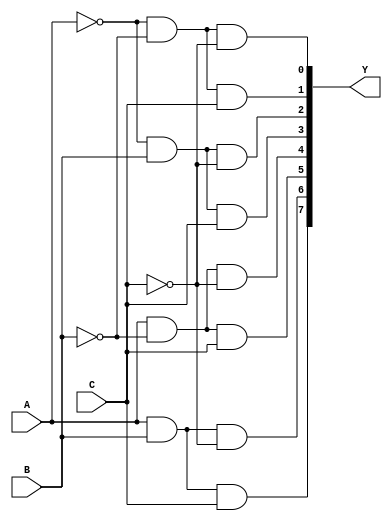
//Dataflow Modelling for 3 to 8 Decoder

module decoder_3_to_8_df(A, B, C, Y);
input A, B, C; output [7:0]Y;
assign Y[0] = ~A&~B&~C;
assign Y[1] = ~A&~B&C;
assign Y[2] = ~A&B&~C;
assign Y[3] = ~A&B&C;
assign Y[4] = A&~B&~C;
assign Y[5] = A&~B&C;
assign Y[6] = A&B&~C;
assign Y[7] = A&B&C;
endmodule